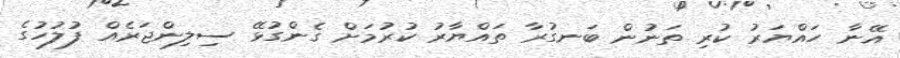
އޭނާ ހައްޔަރު ކުރި ތަނުން ބަނގުރާ ތައްޔާރު ކުރުމަށް ގެންގުޅޭ ސިލިންޖަރެއް ފުލުހުގެ